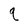
Character: q